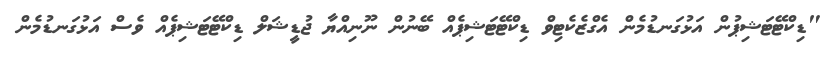
"ޑިކްޓޭޓަޝިޕުން އަޅުގަނޑުމެން އެގްޒެކެޓިވް ޑިކްޓޭޓަޝިޕެއް ބޭނުން ނޫނިއްޔާ ޖުޑީޝަލް ޑިކްޓޭޓަޝިޕެއް ވެސް އަޅުގަނޑުމެން